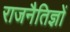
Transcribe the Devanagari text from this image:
राजनैतिज्ञों